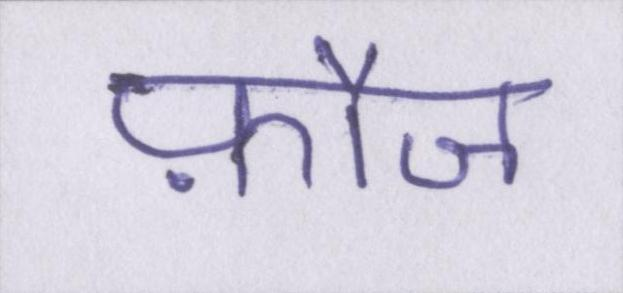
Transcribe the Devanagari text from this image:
फ़ौज